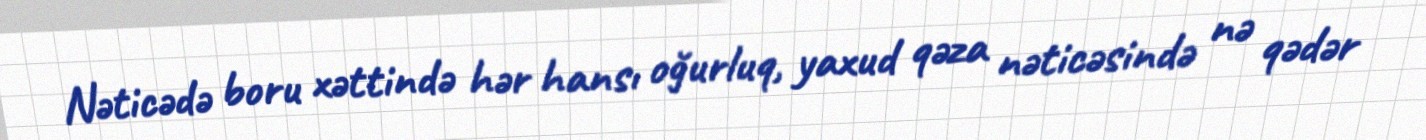
Nəticədə boru xəttində hər hansı oğurluq, yaxud qəza nəticəsində nə qədər